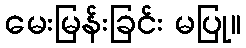
မေးမြန်းခြင်း မပြု။